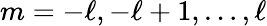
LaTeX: m=-\ell,-\ell+1,\dots,\ell